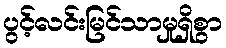
ပွင့်လင်းမြင်သာမှုရှိစွာ